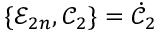
\{ \mathcal { E } _ { 2 n } , \mathcal { C } _ { 2 } \} = \dot { \mathcal { C } } _ { 2 }